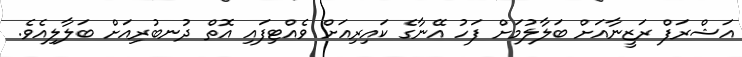
އަޝްރަފް ރަޒީނާއަށް ބަލާލުމަށް ފަހު އޭނާގެ ކައިރިއަށް ވެއްޓިފައި އޮތް ދުނބުރިއަށް ބަލާލިއެވެ.